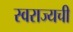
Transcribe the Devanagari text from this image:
स्वराज्यची